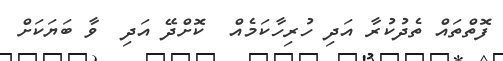
ފޮތްތައް ތެދުކުރާ އަދި ހުރިހާކަމެއް  ކޮށްދޭ އަދި  ވާ ބަޔަކަށް